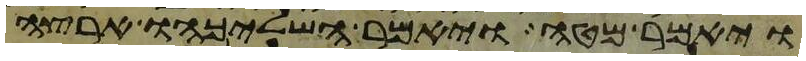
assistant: ויאמר מטה ויאמר השליכהו ארצה